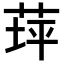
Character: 𦱾